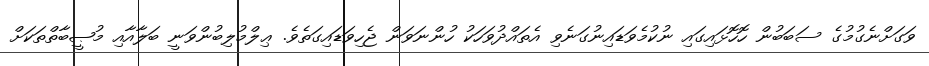
ވަގަށްނެގުމުގެ ސަބަބުން ހޮހޮޅައިގައި ނުކުމެވަޑައިނުގަނެވި އެތައްދުވަހަކު ހުންނަވަން ޖެހިވަޑައިގަތެވެ. ޢިލްމުލިބުންވަނީ ބަލާއާއި މުޞީބާތްތަކަށް